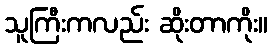
သူကြီးကလည်း ဆိုးတာကိုး။